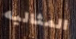
المثاليه